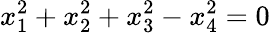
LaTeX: x_{1}^{2}+x_{2}^{2}+x_{3}^{2}-x_{4}^{2}=0